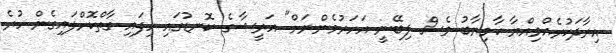
އިރާދަކުރެއްވިއްޔާ ކާމިޔާބު ވެސް ލިބޭނީ އަހަރުމެންނަށް" އަރީޝާގެ ކޮނޑުގައި ހިފައި ގާތްކޮށްލައިގެން ހުރެ